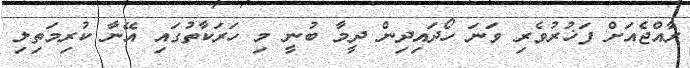
ރާއްޖެއަށް ފަޚުރުވެރި ވަނަ ހޯދައިދިން ދީމާ ބުނީ މި ހަރަކާތުގައި އޭނާ ކުރިމަތިލި